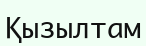
Қызылтам